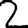
Digit: 2